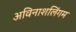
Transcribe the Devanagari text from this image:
अविनाशलिंगम